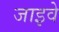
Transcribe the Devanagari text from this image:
जाइवे